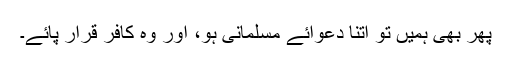
پھر بھی ہمیں تو اتنا دعوائے مسلمانی ہو، اور وہ کافر قرار پائے۔